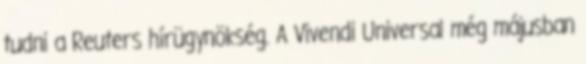
tudni a Reuters hírügynökség. A Vivendi Universal még májusban